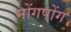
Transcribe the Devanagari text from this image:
मोंगपोंग